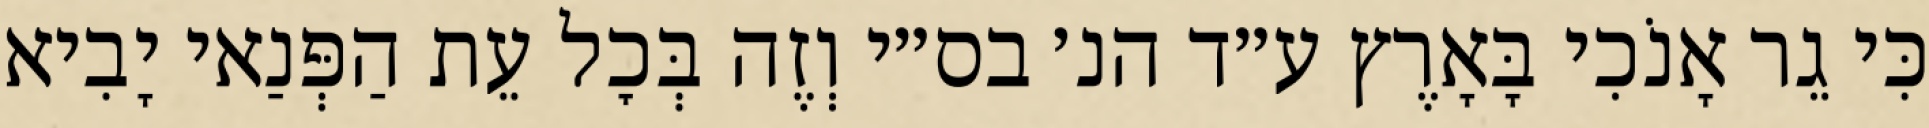
כִּי גֵר אָנֹכִי בָּאָרֶץ ע״ד הנ׳ בס״י וְזֶה בְּכׇל עֵת הַפְּנַאי יָבִיא